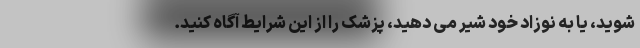
شوید، یا به نوزاد خود شیر می دهید، پزشک را از این شرایط آگاه کنید.